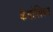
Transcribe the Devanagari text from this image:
कैथोलिका